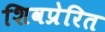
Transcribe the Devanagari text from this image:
शिवप्रेरित